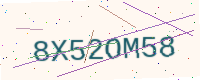
Text: 8X52OM58